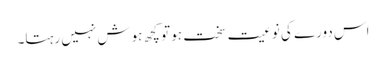
اس دورے کی نوعیت سخت ہو تو کچھ ہوش نہیں رہتا۔